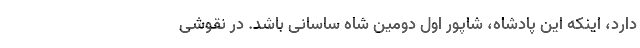
دارد، اینکه این پادشاه، شاپور اول دومین شاه ساسانی باشد. در نقوشی